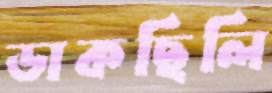
ডাকছিলি